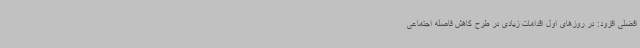
افضلی افزود: در روزهای اول اقدامات زیادی در طرح کاهش فاصله اجتماعی